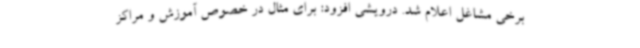
برخی مشاغل اعلام شد. درویشی افزود: برای مثال در خصوص آموزش و مراکز